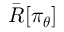
\bar { R } [ \pi _ { \boldsymbol { \theta } } ]